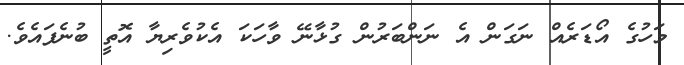
މަހުގެ އޯޑަރެއް ނަގަން އެ ނަންބަރުން ގުޅާނޭ ވާހަކަ އެކުވެރިޔާ އޮތީ ބުނެފައެވެ.